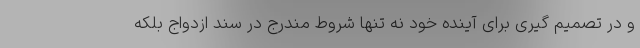
و در تصمیم گیری برای آینده خود نه تنها شروط مندرج در سند ازدواج بلکه